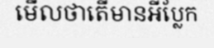
មើលថាតើមានអីប្លែក